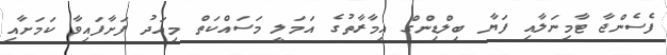
ފެސެންޖާ ޓާމިނަލާއި ފަޔާ ބިލްޑިންގް އިމާރާތުގެ އަމަލީ މަސައްކަތް މިއަދު ފަށާފައިވާ ކަމަށާއި